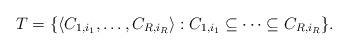
LaTeX: \begin{align*}T = \{ \langle C_{1, i_1} , \dots , C_{R, i_R} \rangle : C_{1,i_1} \subseteq \dots \subseteq C_{R, i_R} \}.\end{align*}